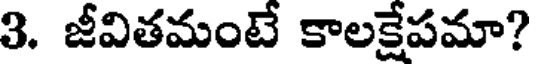
3. జీవితమంటే కాలక్షేపమా?